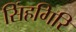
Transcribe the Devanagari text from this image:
सिंहगिरि